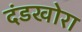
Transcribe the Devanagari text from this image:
दंडखोरा